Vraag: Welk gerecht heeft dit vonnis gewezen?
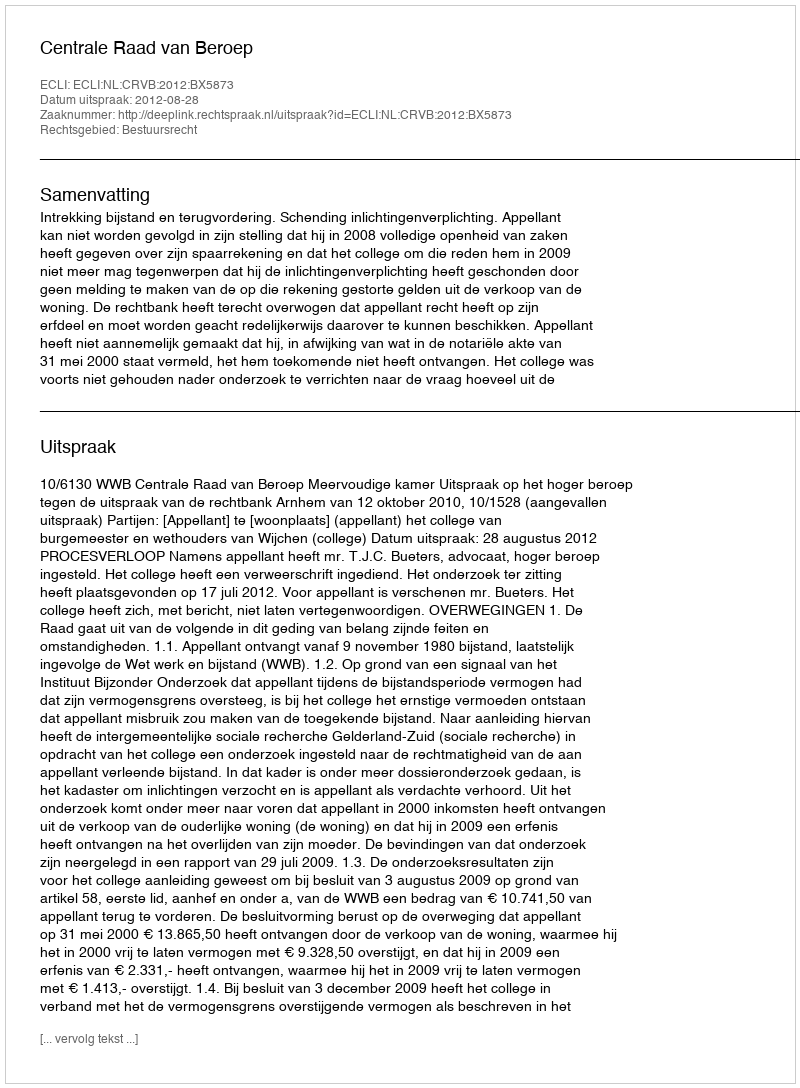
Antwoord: Centrale Raad van Beroep